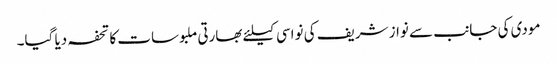
مودی کی جانب سے نواز شریف کی نواسی کیلئے بھارتی ملبوسات کا تحفہ دیا گیا۔